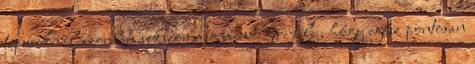
típusoknál azonban sokszor még mindig rejtély, hogy egész pontosan